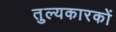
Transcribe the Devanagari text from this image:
तुल्यकारकों